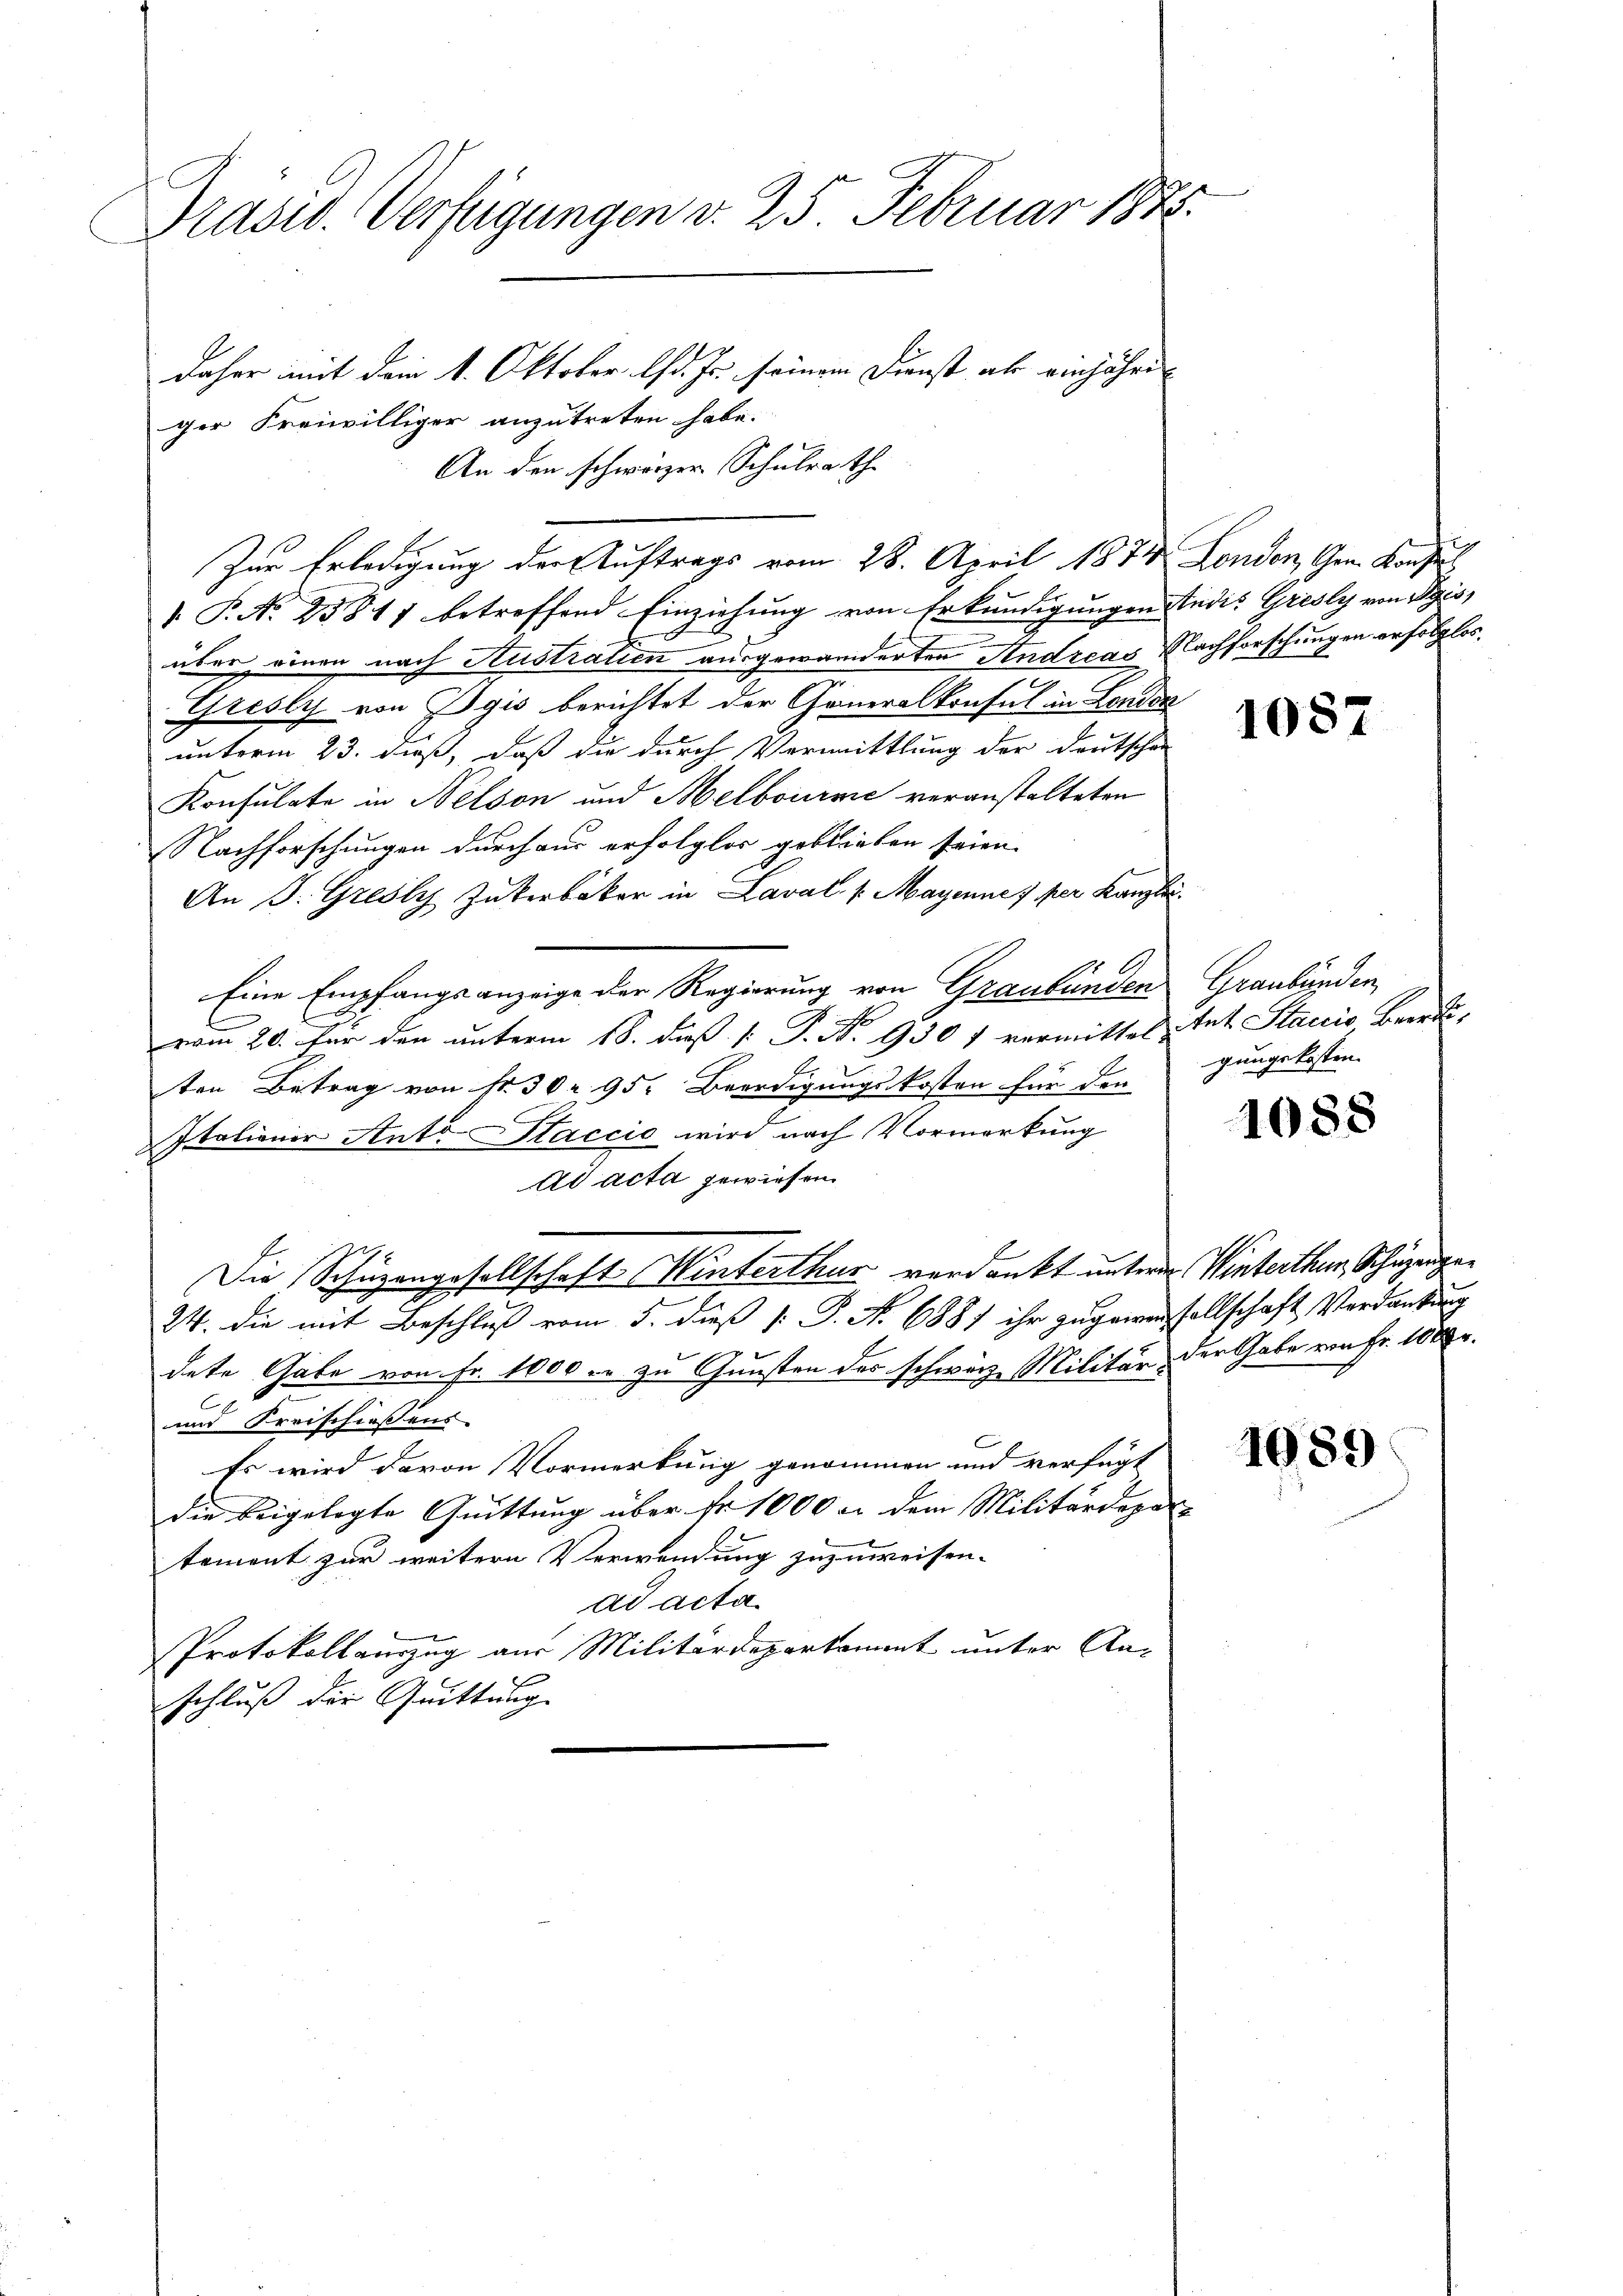
Präsid. Verfügungen v. 25 Februar 1848.

ger Freiwilliger anzutreten habe.

daher mit dem 1. Oktober l. Js. seinem Dienst als einjähri¬
An den schwärzer Schulrath
 P. No 23817 betreffend Einziehung von Erkundigungen Studis Grisly von Pis,
über einen nach Austratien ausgewanderten Andreas Nachforschungen erfolglos.
Gresly von Egis berichtet der Generalkonsul in Landen
unterm 23. dieß, daß die durch Vermittlung der Deutschen
Konsulate in Nelson und Melbourme veranstalteten
Nachforschungen durchaus erfolglos geblieben seien.
An J. Gresky Zukerbäker in Laval, s. Mayenne 7 per Kanzlei.
Eine Empfangsanzeige der Regierung von Graubünden
E
vom 20. Für den unterm 18. daß  P. R. 930 f vermittel tut Staccis, Beredi-
ten Betrag von Nr. 302. 95. Beerdigungskosten für den
Italiener Ant. Staccio wird nach Vormerkung
ad acta gewiesen
Die Schüzengesellschaft Winterthur verdankt unterm Winterthur, Schuzeigen
24. die mit Beschluß vom 5. dieß [ P. No 6881 ihr zugeweisellschaft Verdankung
dete Gabe von Fr. 1000 er zu Gunsten des schwarze Militär, der Gabe von Fr. 1000 r.
E
und Freischiessens
Es wird davon Vormerkung genommen und verfügt
die beigelegte Quittung über fr. 1000 an dem Militärdepar
tement zur weitere Verwendung zuzuweisen.
ad acta.
Protokollauszug aus Militärdepartament unter An-
schluß der Quittung |

Zur Erledigung der Auftrags vom 28. April 1874. London, Gen. Konsul

1087

Graubünden
gungskosten.

1088

1089